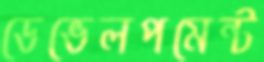
ডেভেলপমেন্ট